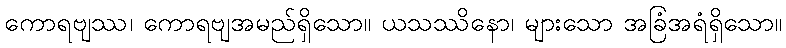
ကောရဗျဿ၊ ကောရဗျအမည်ရှိသော။ ယသဿိနော၊ များသော အခြံအရံရှိသော။